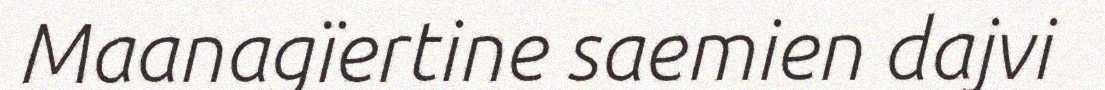
Maanagïertine saemien dajvi